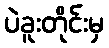
ပဲခူးတိုင်းမှ